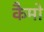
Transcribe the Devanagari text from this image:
कैमो